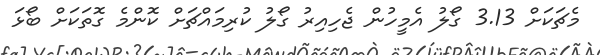
މެޗަކަށް 3.13 ގޯލު އެމީހުން ޖެހިއިރު ގޯލު ކުރިމައްޗަށް ކޮންމެ ގޮތަކަށް ބޯޅަ